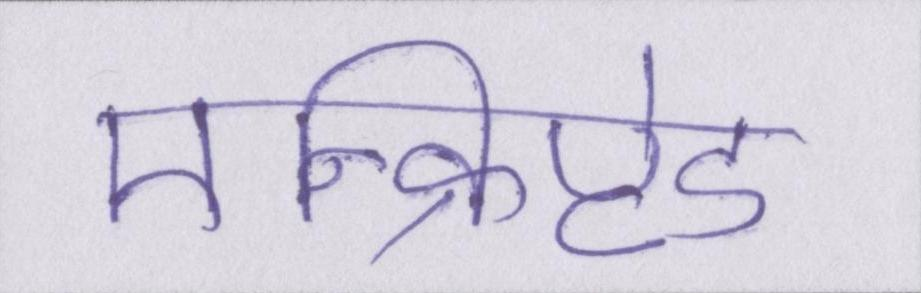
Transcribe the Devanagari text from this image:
एन्क्रिप्टेड